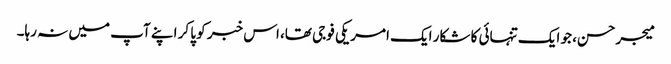
میجر حسن، جو ایک تنہائی کا شکار ایک امریکی فوجی تھا، اس خبر کو پا کر اپنے آپ میں نہ رہا۔